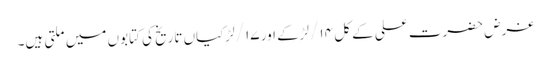
غرض حضرت علی کے کل ۱۴/ لڑکے اور ۱۷/ لڑکیاں تاریخ کی کتابوں میں ملتی ہیں۔